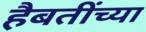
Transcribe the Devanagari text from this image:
हैबतींच्या